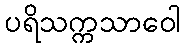
ပရိသက္ကသာဝေါ